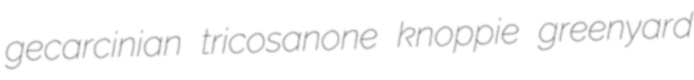
gecarcinian tricosanone knoppie greenyard